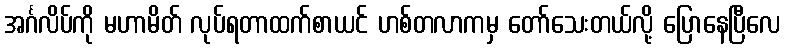
အင်္ဂလိပ်ကို မဟာမိတ် လုပ်ရတာထက်စာယင် ဟစ်တလာကမှ တော်သေးတယ်လို့ ပြောနေပြီလေ